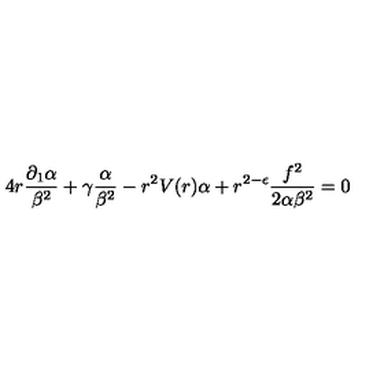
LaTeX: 4 r \frac { \partial _ { 1 } \alpha } { \beta ^ { 2 } } + \gamma \frac { \alpha } { \beta ^ { 2 } } - r ^ { 2 } V ( r ) \alpha + r ^ { 2 - \epsilon } \frac { f ^ { 2 } } { 2 \alpha \beta ^ { 2 } } = 0